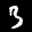
Label: 3